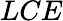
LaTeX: LCE